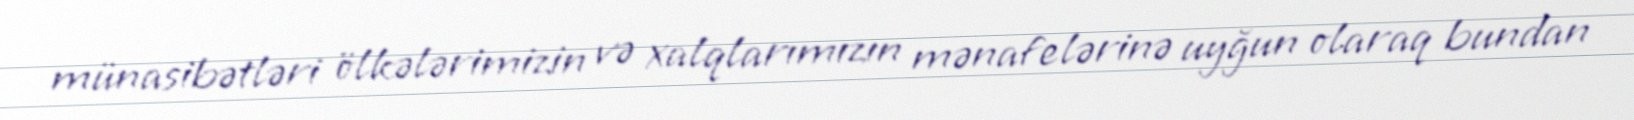
münasibətləri ölkələrimizin və xalqlarımızın mənafelərinə uyğun olaraq bundan